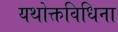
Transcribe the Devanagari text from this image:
यथोक्तविधिना